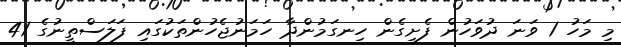
މި މަހު 1 ވަނަ ދުވަހުން ފެށިގެން ހިނގަމުންދާ ހަމަނުޖެހުންތަކުގައި ފަލަސްތީނުގެ 41